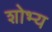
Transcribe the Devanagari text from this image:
शोभ्य